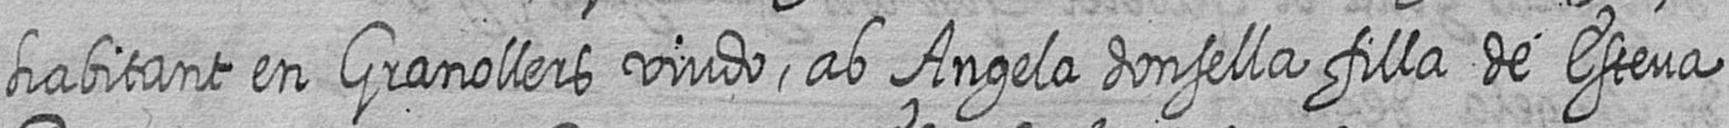
habitant en Granollers viudo ab Angela donsella filla de Esteva